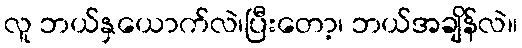
လူ ဘယ်နှယောက်လဲ၊ပြီးတော့၊ ဘယ်အချိန်လဲ။